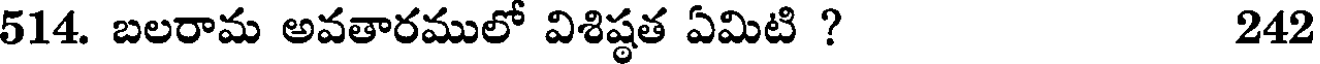
514. బలరామ అవతారములో విశిష్ఠత ఏమిటి ? 242